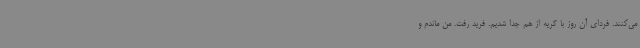
می‌کنند. فردای آن روز با گریه از هم جدا شدیم. فرید رفت. من ماندم و